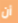
أن